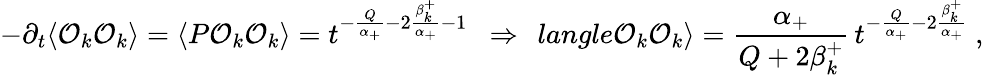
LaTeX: -\partial_{t}\langle{\cal O}_{k}{\cal O}_{k}\rangle=\langle P{\cal O}_{k}{\cal O}_{k}\rangle=t^{-{\frac{Q}{\alpha_{+}}}-2{\frac{\beta_{k}^{+}}{\alpha_{+}}}-1}\ \ \Rightarrow\ \, langle{\cal O}_{k}{\cal O}_{k}\rangle={\frac{\alpha_{+}}{Q+2\beta_{k}^{+}}}\, t^{-{\frac{Q}{\alpha_{+}}}-2{\frac{\beta_{k}^{+}}{\alpha_{+}}}}\ ,